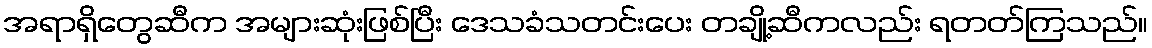
အရာရှိတွေဆီက အများဆုံးဖြစ်ပြီး ဒေသခံသတင်းပေး တချို့ဆီကလည်း ရတတ်ကြသည်။